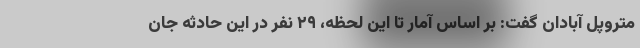
متروپل آبادان گفت: بر اساس آمار تا این لحظه، ۲۹ نفر در این حادثه جان